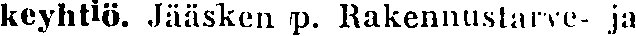
keyhtiö. Jääsken p. Rakennustarve- ja